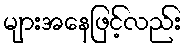
များအနေဖြင့်လည်း